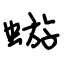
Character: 蝣